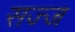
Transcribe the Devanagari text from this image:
सज्‍ज